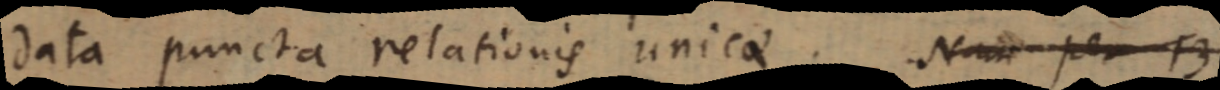
data puncta relationis unicae. Nam pet 13